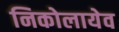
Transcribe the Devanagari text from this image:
निकोलायेव